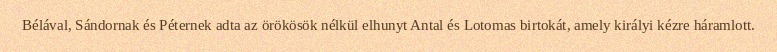
Bélával, Sándornak és Péternek adta az örökösök nélkül elhunyt Antal és Lotomas birtokát, amely királyi kézre háramlott.